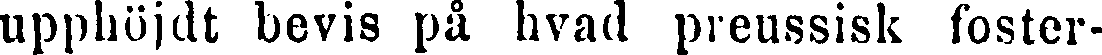
upphöjdt bevis på hvad preussisk foster-